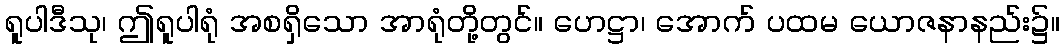
ရူပါဒီသု၊ ဤရူပါရုံ အစရှိသော အာရုံတို့တွင်။ ဟေဋ္ဌာ၊ အောက် ပထမ ယောဇနာနည်း၌။